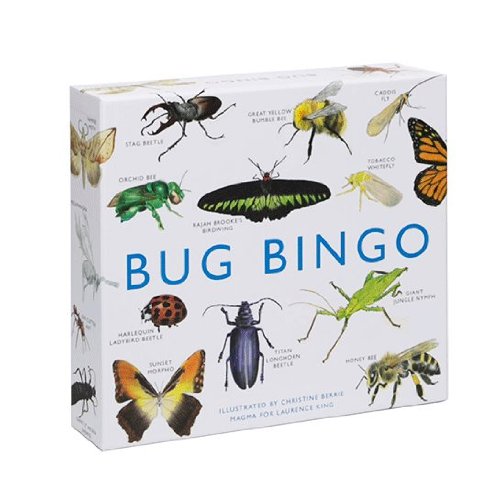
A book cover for Bug Bingo; Christine Berrie; Humor & Entertainment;